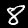
Label: 8